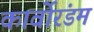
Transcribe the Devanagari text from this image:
कार्वोरंडम